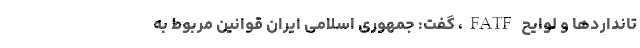
تانداردها و لوایح FATF، گفت: جمهوری اسلامی ایران قوانین مربوط به